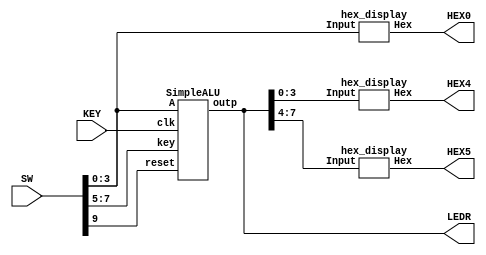
module Lab4Part2(HEX0, HEX4, HEX5, LEDR, SW, KEY);

	input [9:0] SW;
	input [0:0] KEY;
	output [7:0] LEDR;
	output[6:0] HEX0, HEX4, HEX5;

	wire [7:0] Out;

	SimpleALU alu(.outp(Out[7:0]), .clk(KEY[0]), .reset(SW[9]), .A(SW[3:0]), .key(SW[7:5]));

	//display the required result
	hex_display h0(
		.Hex(HEX0[6:0]),
		.Input(SW[3:0])
	);
	
	hex_display h4(
		.Hex(HEX4[6:0]),
		.Input(Out[3:0])
	);
	
	hex_display h5(
		.Hex(HEX5[6:0]),
		.Input(Out[7:4])
	);

	//light up the LEDR for the output
	assign LEDR[7:0] = Out[7:0];

endmodule

module SimpleALU(outp, clk, reset, A, key);

	input clk, reset;
	input [3:0] A;
	input [2:0] key;
	output [7:0] outp;
	reg [7:0] outp;

	wire[7:0] wreg;
	wire [4:0] add1, addB;

	register regi(.q(wreg[7:0]), .clock(clk), .reset_n(reset), .d(outp[7:0]));

	RippleCarry radd1(.out(add1[4:0]), .in1(A[3:0]), .in2(4'b0001));
	RippleCarry raddB(.out(addB[4:0]), .in1(A[3:0]), .in2(wreg[3:0]));

	always @(*)
		begin
			case(key)
				3'b000: outp[7:0] = {3'b000, add1[4:0]};
				3'b001: outp[7:0] = {3'b000, addB[4:0]};
				3'b010: outp[7:0] = A[3:0] + wreg[3:0];
				3'b011: outp[7:0] = {A[3:0] | wreg[3:0], A[3:0] ^ wreg[3:0]};
				3'b100: outp[7:0] = {7'b0000000, (| ({A[3:0], wreg[3:0]}))};
				3'b101: outp[7:0] = wreg[3:0] << A[3:0];
				3'b110: outp[7:0] = wreg[3:0] >> A[3:0];
				3'b111: outp[7:0] = wreg[3:0] * A[3:0];
				default: outp[7:0] = 8'b0000_0000;
			endcase
		end

endmodule

module register(q, clock, reset_n, d);
input [7:0] d;
input clock, reset_n;
output reg [7:0] q;

always @(posedge clock)
	begin
		if (reset_n == 1'b0)
			q [7:0] <= 8'b0000_0000;
		else
			q [7:0] <= d [7:0];
	end
endmodule

module FullAdder(S, Cout, A, B, Cin);
	//define input, sum, carrier for a full adder
	//used for the arithmetic logic unit
	input A;
	input B;
	input Cin;
	output S;
	output Cout;
	
	//logically calculate the sum and carrier
	assign S = A ^ B ^ Cin;
	assign Cout = (A & B) | (A & Cin) | (B & Cin);
endmodule

module RippleCarry(out, in1, in2);
	//define a ripple carry
	//calculate four times to get the four bit sum and one bit carrier
	input [3:0] in1;
	input [3:0] in2;
	output [4:0] out;
	wire c1, c2, c3;
	
	FullAdder a0(
		.A(in1[0]),
		.B(in2[0]),
		.Cin(1'b0),
		.S(out[0]),
		.Cout(c1)
	);
	
	FullAdder a1(
		.A(in1[1]),
		.B(in2[1]),
		.Cin(c1),
		.S(out[1]),
		.Cout(c2)
	);
	
	FullAdder a2(
		.A(in1[2]),
		.B(in2[2]),
		.Cin(c2),
		.S(out[2]),
		.Cout(c3)
	);
	
	FullAdder a3(
		.A(in1[3]),
		.B(in2[3]),
		.Cin(c3),
		.S(out[3]),
		.Cout(out[4])
	);
endmodule

module seg_0(m, a, b, c, d); //turn off segment 0
	input a;
	input b;
	input c;
	input d;
	output m;
	
	assign m = (~a & ~b & ~c & d) | (~a & b & ~c & ~d) | (a & ~b & c & d) | (a & b & ~c & d);
endmodule

module seg_1(m, a, b, c, d); //turn off segment 1
	input a;
	input b;
	input c;
	input d;
	output m;
	
	assign m = (a & b & ~d) | (a & c & d) | (~a & b & ~c & d) | (~a & b & c & ~d);
endmodule

module seg_2(m, a, b, c, d); //turn off segment 2
	input a;
	input b;
	input c;
	input d;
	output m;
	
	assign m = (~a & ~b & c & ~d) | (a & b & ~c & ~d) | (a & b & c);
endmodule

module seg_3(m, a, b, c, d); //turn off segment 3
	input a;
	input b;
	input c;
	input d;
	output m;
	
	assign m = (~b & ~c & d) | (~a & b & ~c & ~d) | (b & c & d) | (a & ~b & c & ~d);
endmodule

module seg_4(m, a, b, c, d); //turn off segment 4
	input a;
	input b;
	input c;
	input d;
	output m;
	
	assign m = (~a & b & ~c & ~d) | (a & ~b & ~c & d) | (~a & d);
endmodule

module seg_5(m, a, b, c, d); //turn off segment 5
	input a;
	input b;
	input c;
	input d;
	output m;
	
	assign m = (~a & ~b & d) | (~a & ~b & c) | (~a & c & d) | (a & b & ~c & d);
endmodule

module seg_6(m, a, b, c, d); //turn off segment 6
	input a;
	input b;
	input c;
	input d;
	output m;
	
	assign m = (~a & ~b & ~c) | (~a & b & c & d) | (a & b & ~c & ~d);
endmodule

module hex_display(Hex, Input);

	// select input and output port
	input [3:0] Input;
	output[6:0] Hex;
	
	seg_0 zero( //output segment 0
		.a(Input[3]),
		.b(Input[2]),
		.c(Input[1]),
		.d(Input[0]),
		.m(Hex[0])
		);
	
	seg_1 one( //output segment 1
		.a(Input[3]),
		.b(Input[2]),
		.c(Input[1]),
		.d(Input[0]),
		.m(Hex[1])
		);
	
	seg_2 two( //output segment 2
		.a(Input[3]),
		.b(Input[2]),
		.c(Input[1]),
		.d(Input[0]),
		.m(Hex[2])
		);
	
	seg_3 three( //output segment 3
		.a(Input[3]),
		.b(Input[2]),
		.c(Input[1]),
		.d(Input[0]),
		.m(Hex[3])
		);
	
	seg_4 four( //output segment 4
		.a(Input[3]),
		.b(Input[2]),
		.c(Input[1]),
		.d(Input[0]),
		.m(Hex[4])
		);
	
	seg_5 five( //output segment 5
		.a(Input[3]),
		.b(Input[2]),
		.c(Input[1]),
		.d(Input[0]),
		.m(Hex[5])
		);
	
	seg_6 six( //output segment 6
		.a(Input[3]),
		.b(Input[2]),
		.c(Input[1]),
		.d(Input[0]),
		.m(Hex[6])
		);

endmodule